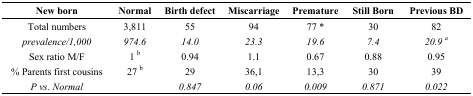
<table><thead><tr><td><b>New born</b></td><td><b>Normal</b></td><td><b>Birth defect</b></td><td><b>Miscarriage</b></td><td><b>Premature</b></td><td><b>Still Born</b></td><td><b>Previous BD</b></td></tr></thead><tbody><tr><td>Total numbers</td><td>3,811</td><td>55</td><td>94</td><td>77 *</td><td>30</td><td>82</td></tr><tr><td><i>prevalence/1,000</i></td><td><i>974.6</i></td><td><i>14.0</i></td><td><i>23.3</i></td><td><i>19.6</i></td><td><i>7.4</i></td><td><i>20.9 <sup>a</sup></i></td></tr><tr><td>Sex ratio M/F</td><td>1 <sup>b</sup></td><td>0.94</td><td>1.1</td><td>0.67</td><td>0.88</td><td>0.95</td></tr><tr><td>% Parents first cousins</td><td>27 <sup>b</sup></td><td>29</td><td>36,1</td><td>13,3</td><td>30</td><td>39</td></tr><tr><td><i>P vs</i>.<i> Normal</i></td><td></td><td><i>0.847</i></td><td><i>0.06</i></td><td><i>0.009</i></td><td><i>0.871</i></td><td><i>0.022</i></td></tr></tbody></table>